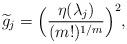
LaTeX: \begin{align*}\widetilde{g}_j=\Bigl(\frac{\eta(\lambda_j)}{(m!)^{1/m}}\Bigr)^2,\end{align*}